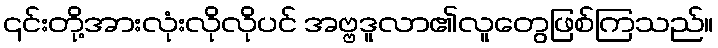
၎င်းတို့အားလုံးလိုလိုပင် အဗ္ဗဒူလာ၏လူတွေဖြစ်ကြသည်။